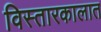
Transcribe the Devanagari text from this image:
विस्तारकालात